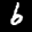
Label: 6